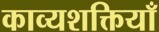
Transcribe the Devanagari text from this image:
काव्यशक्तियाँ